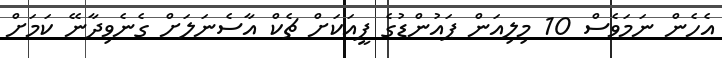
އެހެން ނަމަވެސް 10 މިލިއަން ޕައުންޑުގެ ފީއަކަށް ޗެކް އާސެނަލަށް ގެނެވިދާނޭ ކަމަށް